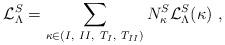
LaTeX: \begin{align*}{\cal L}_\Lambda^S = \sum_{\kappa \in {(I,~II,~T_I,~T_{II})}}N_\kappa^S {\cal L}_\Lambda^S (\kappa)~, \end{align*}